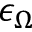
\epsilon _ { \Omega }